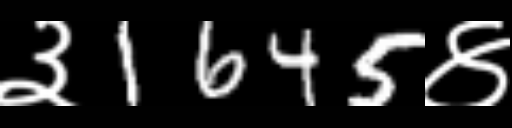
Text: ३1645४